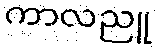
ကာလညူ